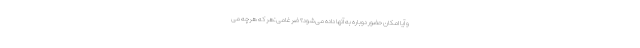
و آیا امکان حضور دوباره به آنها داده می‌شود؟ ضرغامی:هر که هرچه می